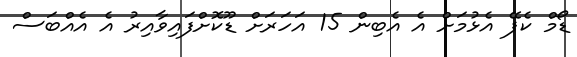
ޑޯމް ކެފޭ އެޅުމަށް އެ އެބިން 15 އަހަރަށް ޑޫކޮށްފައިވާއިރު އެ އެއްބަސް